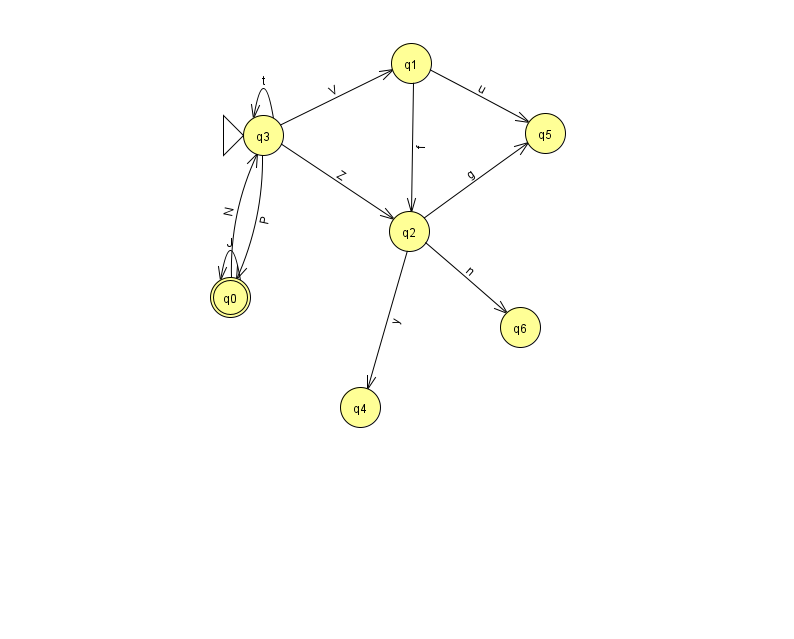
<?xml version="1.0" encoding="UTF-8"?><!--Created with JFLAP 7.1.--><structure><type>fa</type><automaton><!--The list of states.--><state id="0" name="q0"><x>230.0</x><y>284.0</y><final/></state><state id="1" name="q1"><x>411.0</x><y>50.0</y></state><state id="2" name="q2"><x>409.0</x><y>218.0</y></state><state id="3" name="q3"><x>263.0</x><y>122.0</y><initial/></state><state id="4" name="q4"><x>360.0</x><y>394.0</y></state><state id="5" name="q5"><x>545.0</x><y>120.0</y></state><state id="6" name="q6"><x>520.0</x><y>314.0</y></state><!--The list of transitions.--><transition><from>3</from><to>0</to><read>P</read></transition><transition><from>3</from><to>3</to><read>t</read></transition><transition><from>1</from><to>5</to><read>u</read></transition><transition><from>2</from><to>4</to><read>y</read></transition><transition><from>3</from><to>1</to><read>V</read></transition><transition><from>3</from><to>2</to><read>Z</read></transition><transition><from>0</from><to>0</to><read>J</read></transition><transition><from>1</from><to>2</to><read>f</read></transition><transition><from>2</from><to>5</to><read>g</read></transition><transition><from>2</from><to>6</to><read>n</read></transition><transition><from>0</from><to>3</to><read>N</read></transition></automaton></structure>